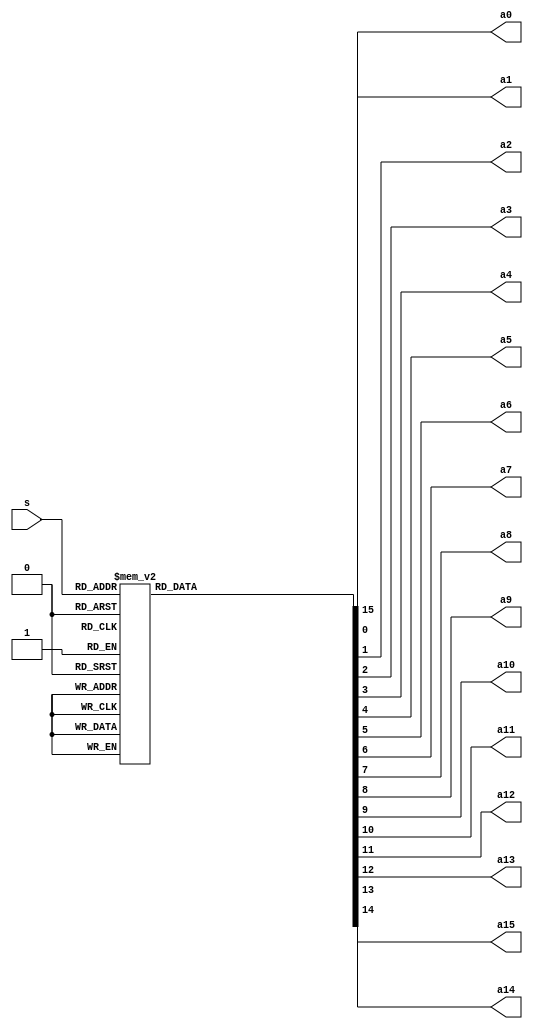
`timescale 1ns/10ps
module dec_4x16(a0,a1,a2,a3,a4,a5,a6,a7,a8,a9,a10,a11,a12,a13,a14,a15,s);
output reg a0,a1,a2,a3,a4,a5,a6,a7,a8,a9,a10,a11,a12,a13,a14,a15;
input [3:0]s;

always @ (s)
begin
a0=1'b0;  a1=1'b0; a2=1'b0; a3=1'b0; a4=1'b0; a5=1'b0; a6=1'b0; a7=1'b0; a8=1'b0; a9=1'b0; a10=1'b0; a11=1'b0; a12=1'b0; a13=1'b0; a14=1'b0;  a15=1'b0;

	case(s)
	4'b0000: a0=1'b1;/*   a1=1'b0; a2=1'b0; a3=1'b0; a4=1'b0; a5=1'b0; a6=1'b0; a7=1'b0; a8=1'b0; a9=1'b0; a10=1'b0; a11=1'b0; a12=1'b0; a13=1'b0; a14=1'b0;  a15=1'b0; */
	4'b0001: a1=1'b1;  /* a1=1'b1; a2=1'b0; a3=1'b0; a4=1'b0; a5=1'b0; a6=1'b0; a7=1'b0; a8=1'b0; a9=1'b0; a10=1'b0; a11=1'b0; a12=1'b0; a13=1'b0; a14=1'b0;  a15=1'b0; */
	4'b0010: a2=1'b1;  /* a1=1'b0; a2=1'b1; a3=1'b0; a4=1'b0; a5=1'b0; a6=1'b0; a7=1'b0; a8=1'b0; a9=1'b0; a10=1'b0; a11=1'b0; a12=1'b0; a13=1'b0; a14=1'b0;  a15=1'b0; */
	4'b0011: a3=1'b1;  /* a1=1'b0; a2=1'b0; a3=1'b1; a4=1'b0; a5=1'b0; a6=1'b0; a7=1'b0; a8=1'b0; a9=1'b0; a10=1'b0; a11=1'b0; a12=1'b0; a13=1'b0; a14=1'b0;  a15=1'b0; */
	4'b0100: a4=1'b1;  /* a1=1'b0; a2=1'b0; a3=1'b0; a4=1'b1; a5=1'b0; a6=1'b0; a7=1'b0; a8=1'b0; a9=1'b0; a10=1'b0; a11=1'b0; a12=1'b0; a13=1'b0; a14=1'b0;  a15=1'b0; */
	4'b0101: a5=1'b1; /*  a1=1'b0; a2=1'b0; a3=1'b0; a4=1'b0; a5=1'b1; a6=1'b0; a7=1'b0; a8=1'b0; a9=1'b0; a10=1'b0; a11=1'b0; a12=1'b0; a13=1'b0; a14=1'b0;  a15=1'b0; */
	4'b0110: a6=1'b1;  /* a1=1'b0; a2=1'b0; a3=1'b0; a4=1'b0; a5=1'b0; a6=1'b1; a7=1'b0; a8=1'b0; a9=1'b0; a10=1'b0; a11=1'b0; a12=1'b0; a13=1'b0; a14=1'b0;  a15=1'b0; */
	4'b0111: a7=1'b1;  /* a1=1'b0; a2=1'b0; a3=1'b0; a4=1'b0; a5=1'b0; a6=1'b0; a7=1'b1; a8=1'b0; a9=1'b0; a10=1'b0; a11=1'b0; a12=1'b0; a13=1'b0; a14=1'b0;  a15=1'b0; */
	4'b1000: a8=1'b1; /*  a1=1'b0; a2=1'b0; a3=1'b0; a4=1'b0; a5=1'b0; a6=1'b0; a7=1'b0; a8=1'b1; a9=1'b0; a10=1'b0; a11=1'b0; a12=1'b0; a13=1'b0; a14=1'b0;  a15=1'b0; */
	4'b1001: a9=1'b1;  /* a1=1'b0; a2=1'b0; a3=1'b0; a4=1'b0; a5=1'b0; a6=1'b0; a7=1'b0; a8=1'b0; a9=1'b1; a10=1'b0; a11=1'b0; a12=1'b0; a13=1'b0; a14=1'b0;  a15=1'b0; */
	4'b1010: a10=1'b1; /*  a1=1'b0; a2=1'b0; a3=1'b0; a4=1'b0; a5=1'b0; a6=1'b0; a7=1'b0; a8=1'b0; a9=1'b0; a10=1'b1; a11=1'b0; a12=1'b0; a13=1'b0; a14=1'b0;  a15=1'b0; */
	4'b1011: a11=1'b1;  /* a1=1'b0; a2=1'b0; a3=1'b0; a4=1'b0; a5=1'b0; a6=1'b0; a7=1'b0; a8=1'b0; a9=1'b0; a10=1'b0; a11=1'b1; a12=1'b0; a13=1'b0; a14=1'b0;  a15=1'b0; */
	4'b1100: a12=1'b1;  /* a1=1'b0; a2=1'b0; a3=1'b0; a4=1'b0; a5=1'b0; a6=1'b0; a7=1'b0; a8=1'b0; a9=1'b0; a10=1'b0; a11=1'b0; a12=1'b1; a13=1'b0; a14=1'b0;  a15=1'b0; */
	4'b1101: a13=1'b1;  /* a1=1'b0; a2=1'b0; a3=1'b0; a4=1'b0; a5=1'b0; a6=1'b0; a7=1'b0; a8=1'b0; a9=1'b0; a10=1'b0; a11=1'b0; a12=1'b0; a13=1'b1; a14=1'b0;  a15=1'b0; */
	4'b1110: a14=1'b1; /*  a1=1'b0; a2=1'b0; a3=1'b0; a4=1'b0; a5=1'b0; a6=1'b0; a7=1'b0; a8=1'b0; a9=1'b0; a10=1'b0; a11=1'b0; a12=1'b0; a13=1'b0; a14=1'b1;  a15=1'b0; */
	4'b1111: a15=1'b1; /*  a1=1'b0; a2=1'b0; a3=1'b0; a4=1'b0; a5=1'b0; a6=1'b0; a7=1'b0; a8=1'b0; a9=1'b0; a10=1'b0; a11=1'b0; a12=1'b0; a13=1'b0; a14=1'b0;  a15=1'b1; */
	endcase
	end
endmodule	

module tb_dec_4x16();
wire a0,a1,a2,a3,a4,a5,a6,a7,a8,a9,a10,a11,a12,a13,a14,a15;
reg [3:0]s;

dec_4x16 uut(a0,a1,a2,a3,a4,a5,a6,a7,a8,a9,a10,a11,a12,a13,a14,a15,s);
initial $monitor("t=%3d, a0=%1b, a1=%1b, a2=%1b, a3=%1b, a4=%1b, a5=%1b, a6=%1b, a7=%1b, a8=%1b, a9=%1b, a10=%1b, a11=%1b, a12=%1b, a13=%1b, a14=%1b, a15=%1b,  s=%4b",$time,a0,a1,a2,a3,a4,a5,a6,a7,a8,a9,a10,a11,a12,a13,a14,a15,s);
initial     
	begin      
$dumpfile("dec_4x16.vcd");    
$dumpvars;     
end 

initial
	begin 
		#010 s = 4'b0000;
		#020 s = 4'b0001;
		#020 s = 4'b0010;
		#020 s = 4'b0011;
		#020 s = 4'b0100;
		#020 s = 4'b0101;
		#020 s = 4'b0110;
		#020 s = 4'b0111;
		#020 s = 4'b1000;
		#020 s = 4'b1001;
		#020 s = 4'b1010;
		#020 s = 4'b1011;
		#020 s = 4'b1100;
		#020 s = 4'b1101;
		#020 s = 4'b1110;
		#020 s = 4'b1111;
		end
initial 
#1000 $stop;
endmodule